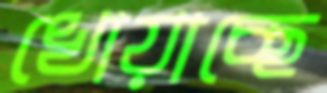
খোয়াচ্ছে